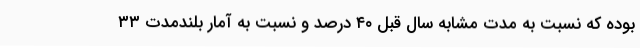
بوده که نسبت به مدت مشابه سال قبل ۴۰ درصد و نسبت به آمار بلندمدت ۳۳